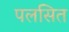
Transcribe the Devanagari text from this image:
पलसित